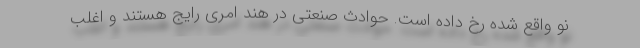
نو واقع شده رخ داده است. حوادث صنعتی در هند امری رایج هستند و اغلب